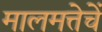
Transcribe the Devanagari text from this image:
मालमत्तेचें